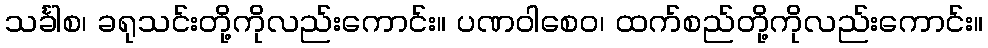
သင်္ခါစ၊ ခရုသင်းတို့ကိုလည်းကောင်း။ ပဏဝါစေဝ၊ ထက်စည်တို့ကိုလည်းကောင်း။